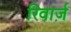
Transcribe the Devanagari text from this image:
रिवार्ज़